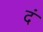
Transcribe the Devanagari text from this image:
दं